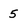
Character: 5